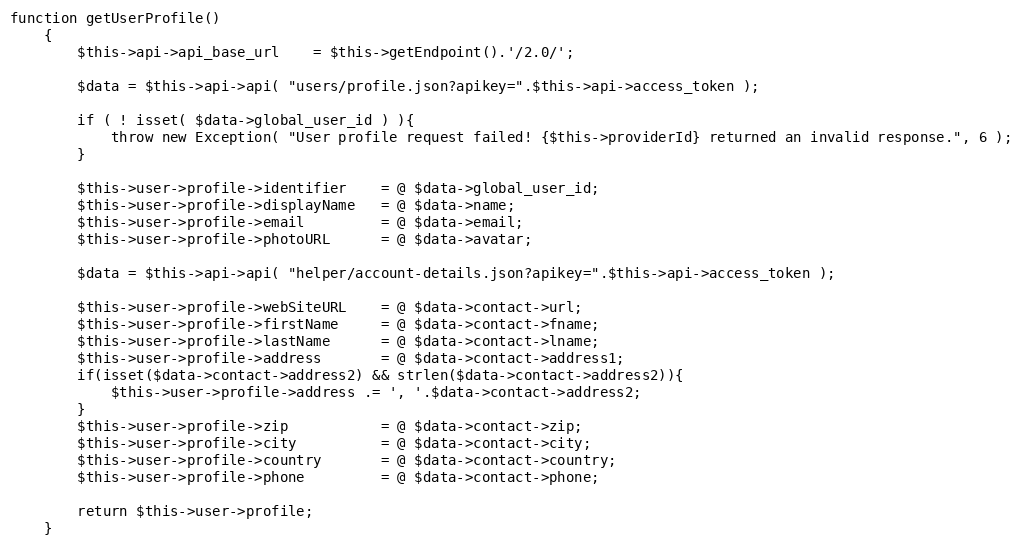
Language: PHP
function getUserProfile()
    {
        $this->api->api_base_url    = $this->getEndpoint().'/2.0/';

        $data = $this->api->api( "users/profile.json?apikey=".$this->api->access_token );

        if ( ! isset( $data->global_user_id ) ){
            throw new Exception( "User profile request failed! {$this->providerId} returned an invalid response.", 6 );
        }

        $this->user->profile->identifier    = @ $data->global_user_id;
        $this->user->profile->displayName   = @ $data->name;
        $this->user->profile->email         = @ $data->email;
        $this->user->profile->photoURL      = @ $data->avatar;

        $data = $this->api->api( "helper/account-details.json?apikey=".$this->api->access_token );

        $this->user->profile->webSiteURL    = @ $data->contact->url;
        $this->user->profile->firstName     = @ $data->contact->fname;
        $this->user->profile->lastName      = @ $data->contact->lname;
        $this->user->profile->address       = @ $data->contact->address1;
        if(isset($data->contact->address2) && strlen($data->contact->address2)){
            $this->user->profile->address .= ', '.$data->contact->address2;
        }
        $this->user->profile->zip           = @ $data->contact->zip;
        $this->user->profile->city          = @ $data->contact->city;
        $this->user->profile->country       = @ $data->contact->country;
        $this->user->profile->phone         = @ $data->contact->phone;

        return $this->user->profile;
    }